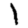
Digit: 1